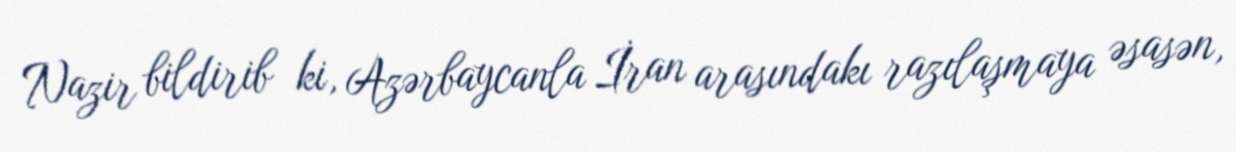
Nazir bildirib ki, Azərbaycanla İran arasındakı razılaşmaya əsasən,